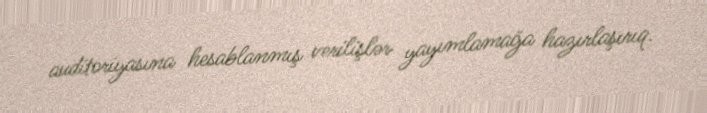
auditoriyasına hesablanmış verilişlər yayımlamağa hazırlaşırıq.